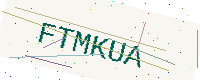
Text: FTMKUA